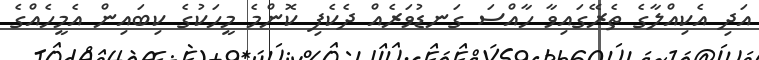
އަދި އެކިއްލާގެ ތެރޭގައިވާ ހާއްސަ ގަނޑުވަރެއް ދެކެފި ކޮންމެ މީހަކުގެ ކިބައިން އެމީހެއްގެ